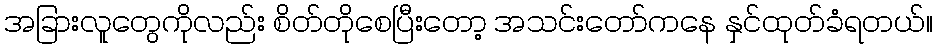
အခြားလူတွေကိုလည်း စိတ်တိုစေပြီးတော့ အသင်းတော်ကနေ နှင်ထုတ်ခံရတယ်။